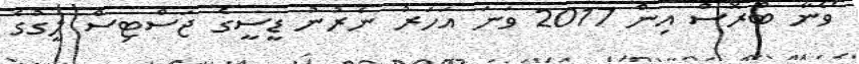
ވޯނާ ބްރޮސް އިން 2017 ވަނަ އަހަރު ނެރުނު ޑީސީގެ ޖަސްޓިސް ލީގުގެ